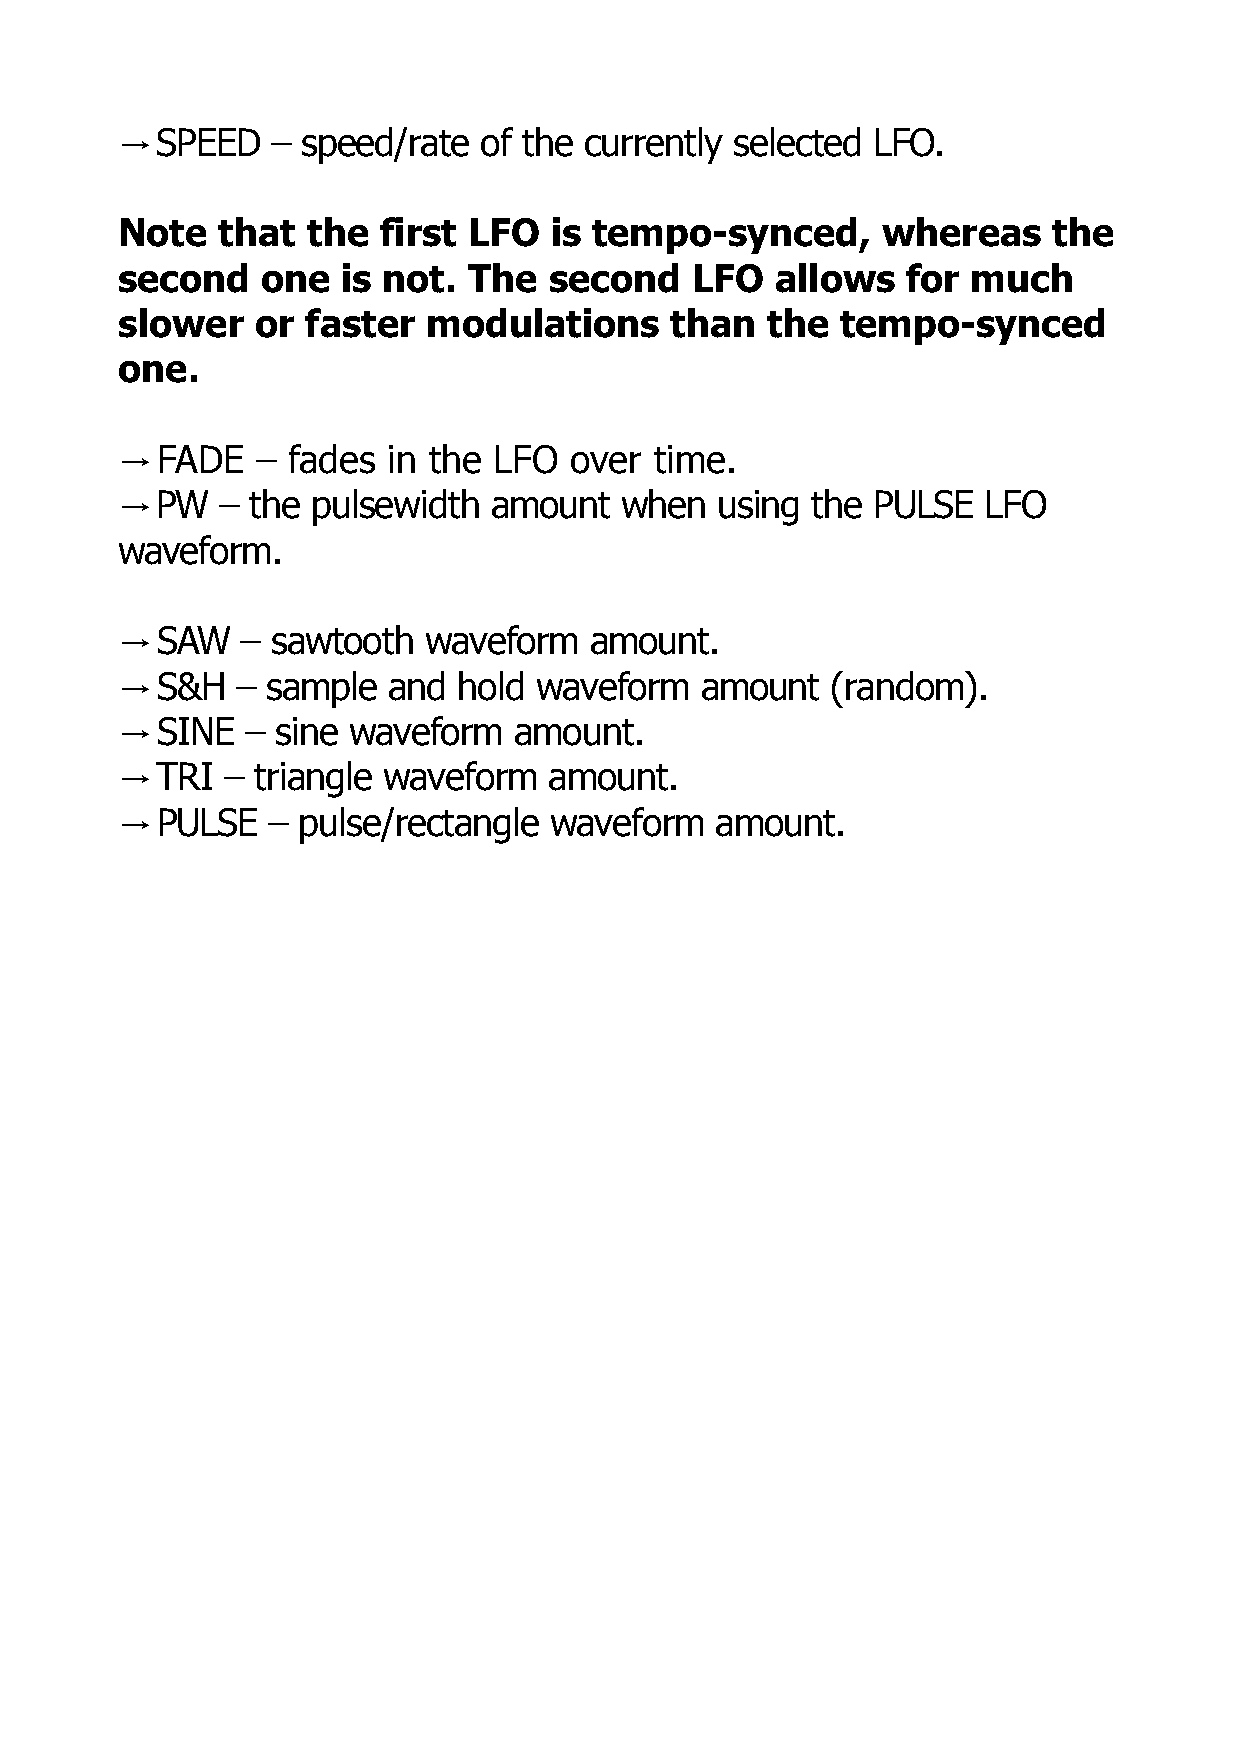
SPEED   – speed/rate  of the currently selected LFO.
 →
 Note  that  the  first LFO  is tempo-synced,      whereas     the
 second   one   is not. The  second    LFO  allows   for much
 slower   or faster  modulations     than   the  tempo-synced
 one.
 FADE   – fades  in the LFO  over time.
 →
 PW   – the pulsewidth  amount  when   using the PULSE  LFO
 →
 waveform.
 SAW   – sawtooth  waveform   amount.
 →
 S&H   – sample  and hold waveform   amount   (random).
 →
 SINE  – sine waveform   amount.
 →
 TRI  – triangle waveform  amount.
 →
 PULSE   – pulse/rectangle waveform   amount.
 →